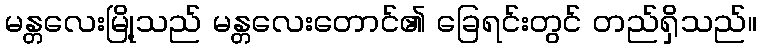
မန္တလေးမြို့သည် မန္တလေးတောင်၏ ခြေရင်းတွင် တည်ရှိသည်။